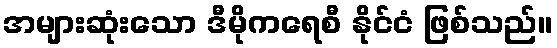
အများဆုံးသော ဒီမိုကရေစီ နိုင်ငံ ဖြစ်သည်။